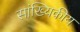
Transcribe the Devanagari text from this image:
सांख्‍यिकीय